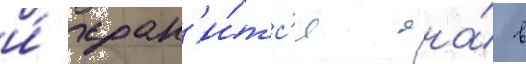
и́ хран'и́тс'я она́ в